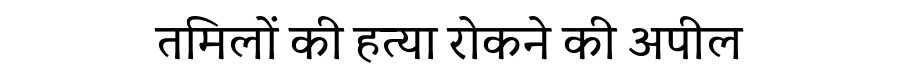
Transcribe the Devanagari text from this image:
तमिलों की हत्या रोकने की अपील